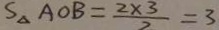
S _ { \Delta A O B } = \frac { 2 \times 3 } { 2 } = 3